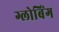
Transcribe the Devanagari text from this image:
ग्लोबिंग